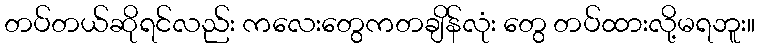
တပ်တယ်ဆိုရင်လည်း ကလေးတွေကတချိန်လုံး တွေ တပ်ထားလို့မရဘူး။